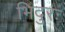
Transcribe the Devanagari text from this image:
भिदुरः